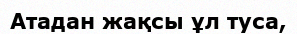
Атадан жақсы ұл туса,